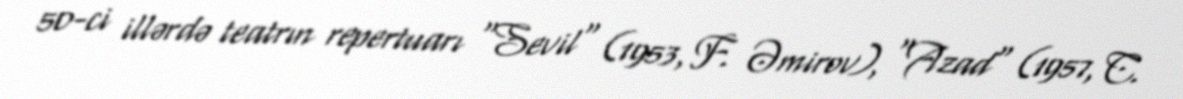
50-ci illərdə teatrın repertuarı "Sevil" (1953, F. Əmirov), "Azad" (1957, C.